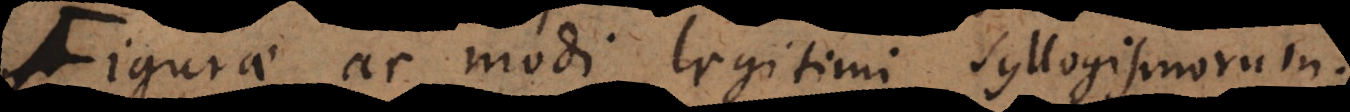
Figurae ac modi legitimi syllogismorum.